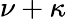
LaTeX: \nu+\kappa